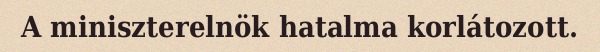
A miniszterelnök hatalma korlátozott.